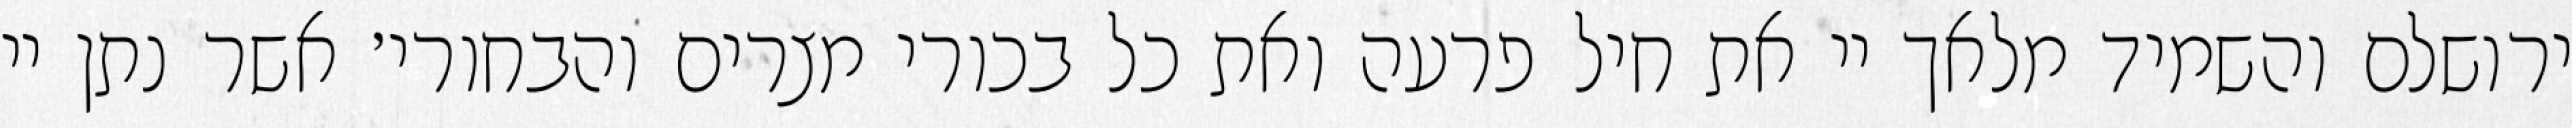
ירושלם והשמיד מלאך יי את חיל פרעה ואת כל בכורי מצרים והבחורי׳ אשר נתן יי